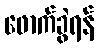
ဖောက်ခွဲရန်